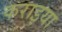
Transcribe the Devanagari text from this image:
कराइया